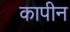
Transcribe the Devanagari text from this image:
कापीन